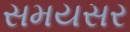
સમયસર